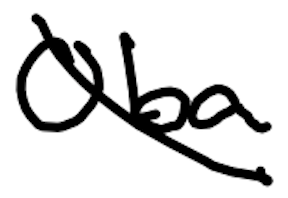
Text: Oba
Cross-out: mix
Writing tool: digital_black